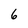
Character: 6